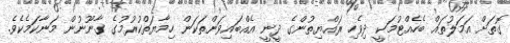
ގޮތަށް އަމަލުތައް ބެހެއްޓުމަކީ ދިވެހި ރައްޔިތުންގެ ދީނީ އެއްބައިވަންތަކަން ހިމާޔަތްކުރުމުގެ ގާނޫނުން މަނާކަމެކެވެ.